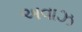
અવાઝ